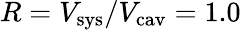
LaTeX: R=V_{\mathrm{sys}}/V_{\mathrm{cav}}=1.0